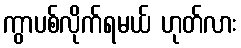
ကွာပစ်လိုက်ရမယ် ဟုတ်လား